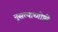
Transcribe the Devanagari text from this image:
नुसत्याच्गोष्टी